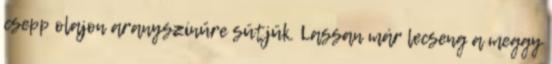
csepp olajon aranyszínűre sütjük. Lassan már lecseng a meggy